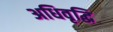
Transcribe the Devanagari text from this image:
अधिवृद्धि